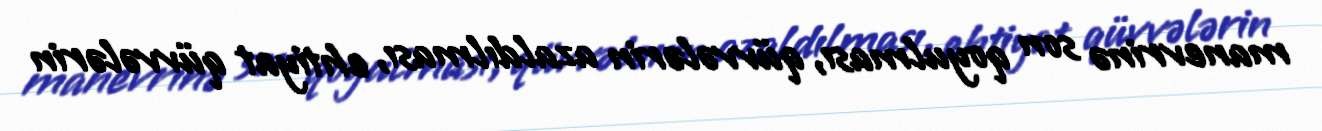
manevrinə son qoyulması, qüvvələrin azaldılması, ehtiyat qüvvələrin